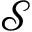
\mathcal { S }